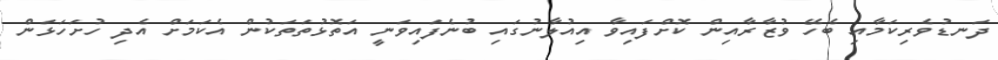
ދަނޑުވެރިކަމާއި ބެހޭ ވުޒާރާއިން ކޮށްފައިވާ އިއުލާނުގައި ބުނެފައިވަނީ އަތޮޅުތަތަކުން އެކަމަށް އެދި ހުށަހަޅަން